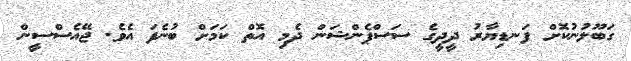
ގަބޫލުނުކޮށް ފަނޑިޔާރު ދީދީގެ ސަސްޕެންޝަން ދެމި އޮތް ކަމަށް ބުނެފަ އެވެ. ޖޭއެސްސީން